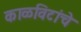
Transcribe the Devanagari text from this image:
काळविटांचे